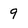
Character: 9